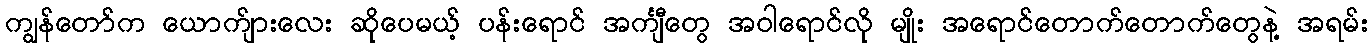
ကျွန်တော်က ယောက်ျားလေး ဆိုပေမယ့် ပန်းရောင် အင်္ကျီတွေ အဝါရောင်လို မျိုး အရောင်တောက်တောက်တွေနဲ့ အရမ်း